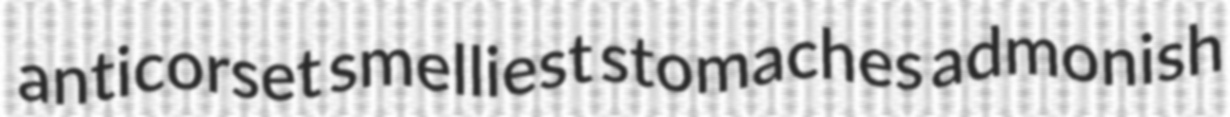
anticorset smelliest stomaches admonish